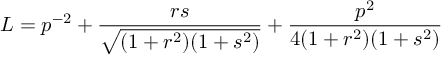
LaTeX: L = p ^ { - 2 } + \frac { r s } { \sqrt { ( 1 + r ^ { 2 } ) ( 1 + s ^ { 2 } ) } } + \frac { p ^ { 2 } } { 4 ( 1 + r ^ { 2 } ) ( 1 + s ^ { 2 } ) }